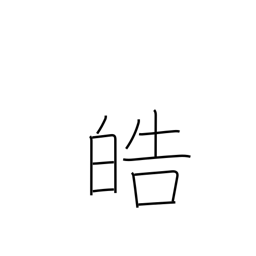
Meaning: white